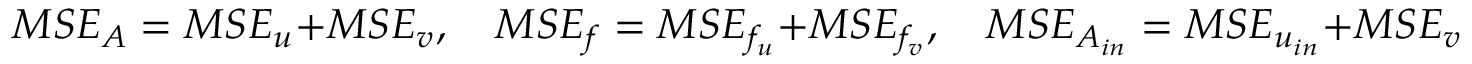
M S E _ { A } = M S E _ { u } + M S E _ { v } , \quad M S E _ { f } = M S E _ { f _ { u } } + M S E _ { f _ { v } } , \quad M S E _ { A _ { i n } } = M S E _ { u _ { i n } } + M S E _ { v _ { i n } } ,